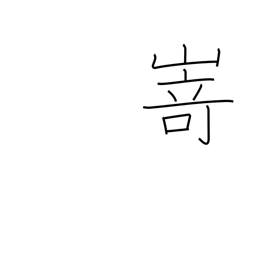
Meaning: promontory